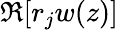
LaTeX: \Re[r_{j}w(z)]